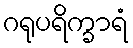
ဂရုပရိက္ခာရံ